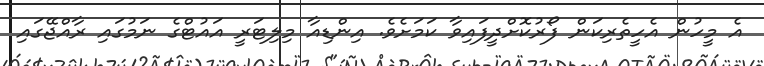
އެ މީހުން އެހީތެރިކަން ފޯރުކޮށްދީފައިވާ ކަމަށެވެ. އިންޑިއާ މިލިޓަރީ އައުޓްގެ ނަމުގައި ރާއްޖޭގައި